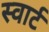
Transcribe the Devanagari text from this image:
स्वार्ट